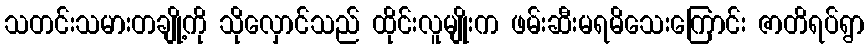
သတင်းသမားတချို့ကို သိုလှောင်သည် ထိုင်းလူမျိုးက ဖမ်းဆီးမရမိသေးကြောင်း ဇာတိရပ်ရွာ